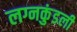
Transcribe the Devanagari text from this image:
लग्नकुंडली